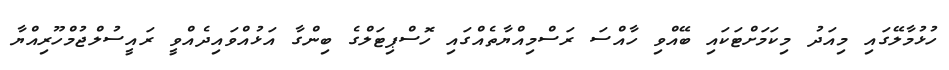
ހުޅުމާލޭގައި މިއަދު މިކަމަށްޓަކައި ބޭއްވި ހާއްސަ ރަސްމިއްޔާތެއްގައި ހޮސްޕިޓަލްގެ ބިންގާ އަޅުއްވައިދެއްވީ ރައީސުލްޖުމްހޫރިއްޔާ